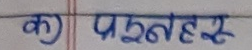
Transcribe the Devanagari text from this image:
क) पठनह्य